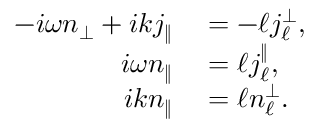
\begin{array} { r l } { - i \omega { n _ { \perp } } + i k { j _ { \| } } } & { { } = - \ell { j _ { \ell } ^ { \perp } } , } \\ { i \omega { n } _ { \| } } & { { } = \ell j _ { \ell } ^ { \| } , } \\ { i k { n _ { \| } } } & { { } = \ell { n _ { \ell } ^ { \perp } } . } \end{array}